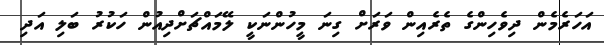
އަހަރެމެން ދިވެހިންގެ ތެރެއިން ވަރަށް ގިނަ މީހުންނަކީ ލޭމައްޗަށްދިއުން ހަކުރު ބަލި އަދި